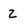
Character: 2